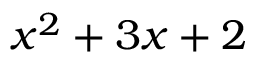
x ^ { 2 } + 3 x + 2